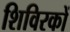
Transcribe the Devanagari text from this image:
शिविरकों